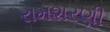
રામશરણી